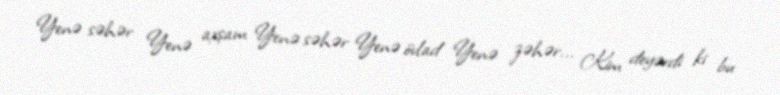
Yenə səhər Yenə axşam Yenə səhər Yenə övlad Yenə zəhər... Kim deyərdi ki bu